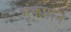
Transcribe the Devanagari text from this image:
भूंकपात